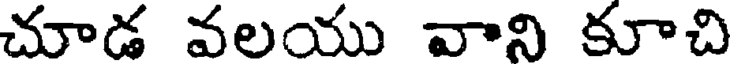
చూడ వలయు వాని కూచి